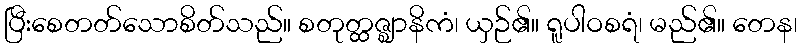
ပြီးစေတတ်သောစိတ်သည်။ စတုတ္ထဇ္ဈာနိကံ၊ ယှဉ်၏။ ရူပါဝစရံ၊ မည်၏။ တေန၊